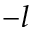
- l